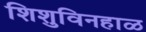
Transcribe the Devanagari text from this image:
शिशुविनहाळ